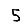
Digit: 5